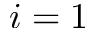
i = 1